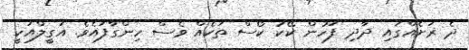
ދެ ރަށެއްގައި ދާދި ފަހުން ކޭކު ކޯސް ތަކެއް ވެސް ހިންގާފައެވެ. އަގީލްއަކީ